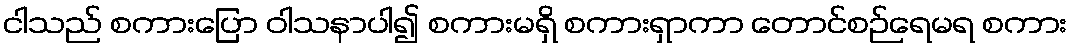
ငါသည် စကားပြော ဝါသနာပါ၍ စကားမရှိ စကားရှာကာ တောင်စဉ်ရေမရ စကား